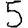
Digit: 5